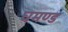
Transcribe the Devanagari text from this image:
घमण्‍ड